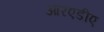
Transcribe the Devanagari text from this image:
आरएडीए